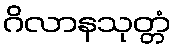
ဂိလာနသုတ္တံ